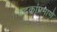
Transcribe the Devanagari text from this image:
बदकांप्रमाणे